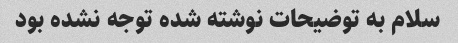
سلام به توضیحات نوشته شده توجه نشده بود